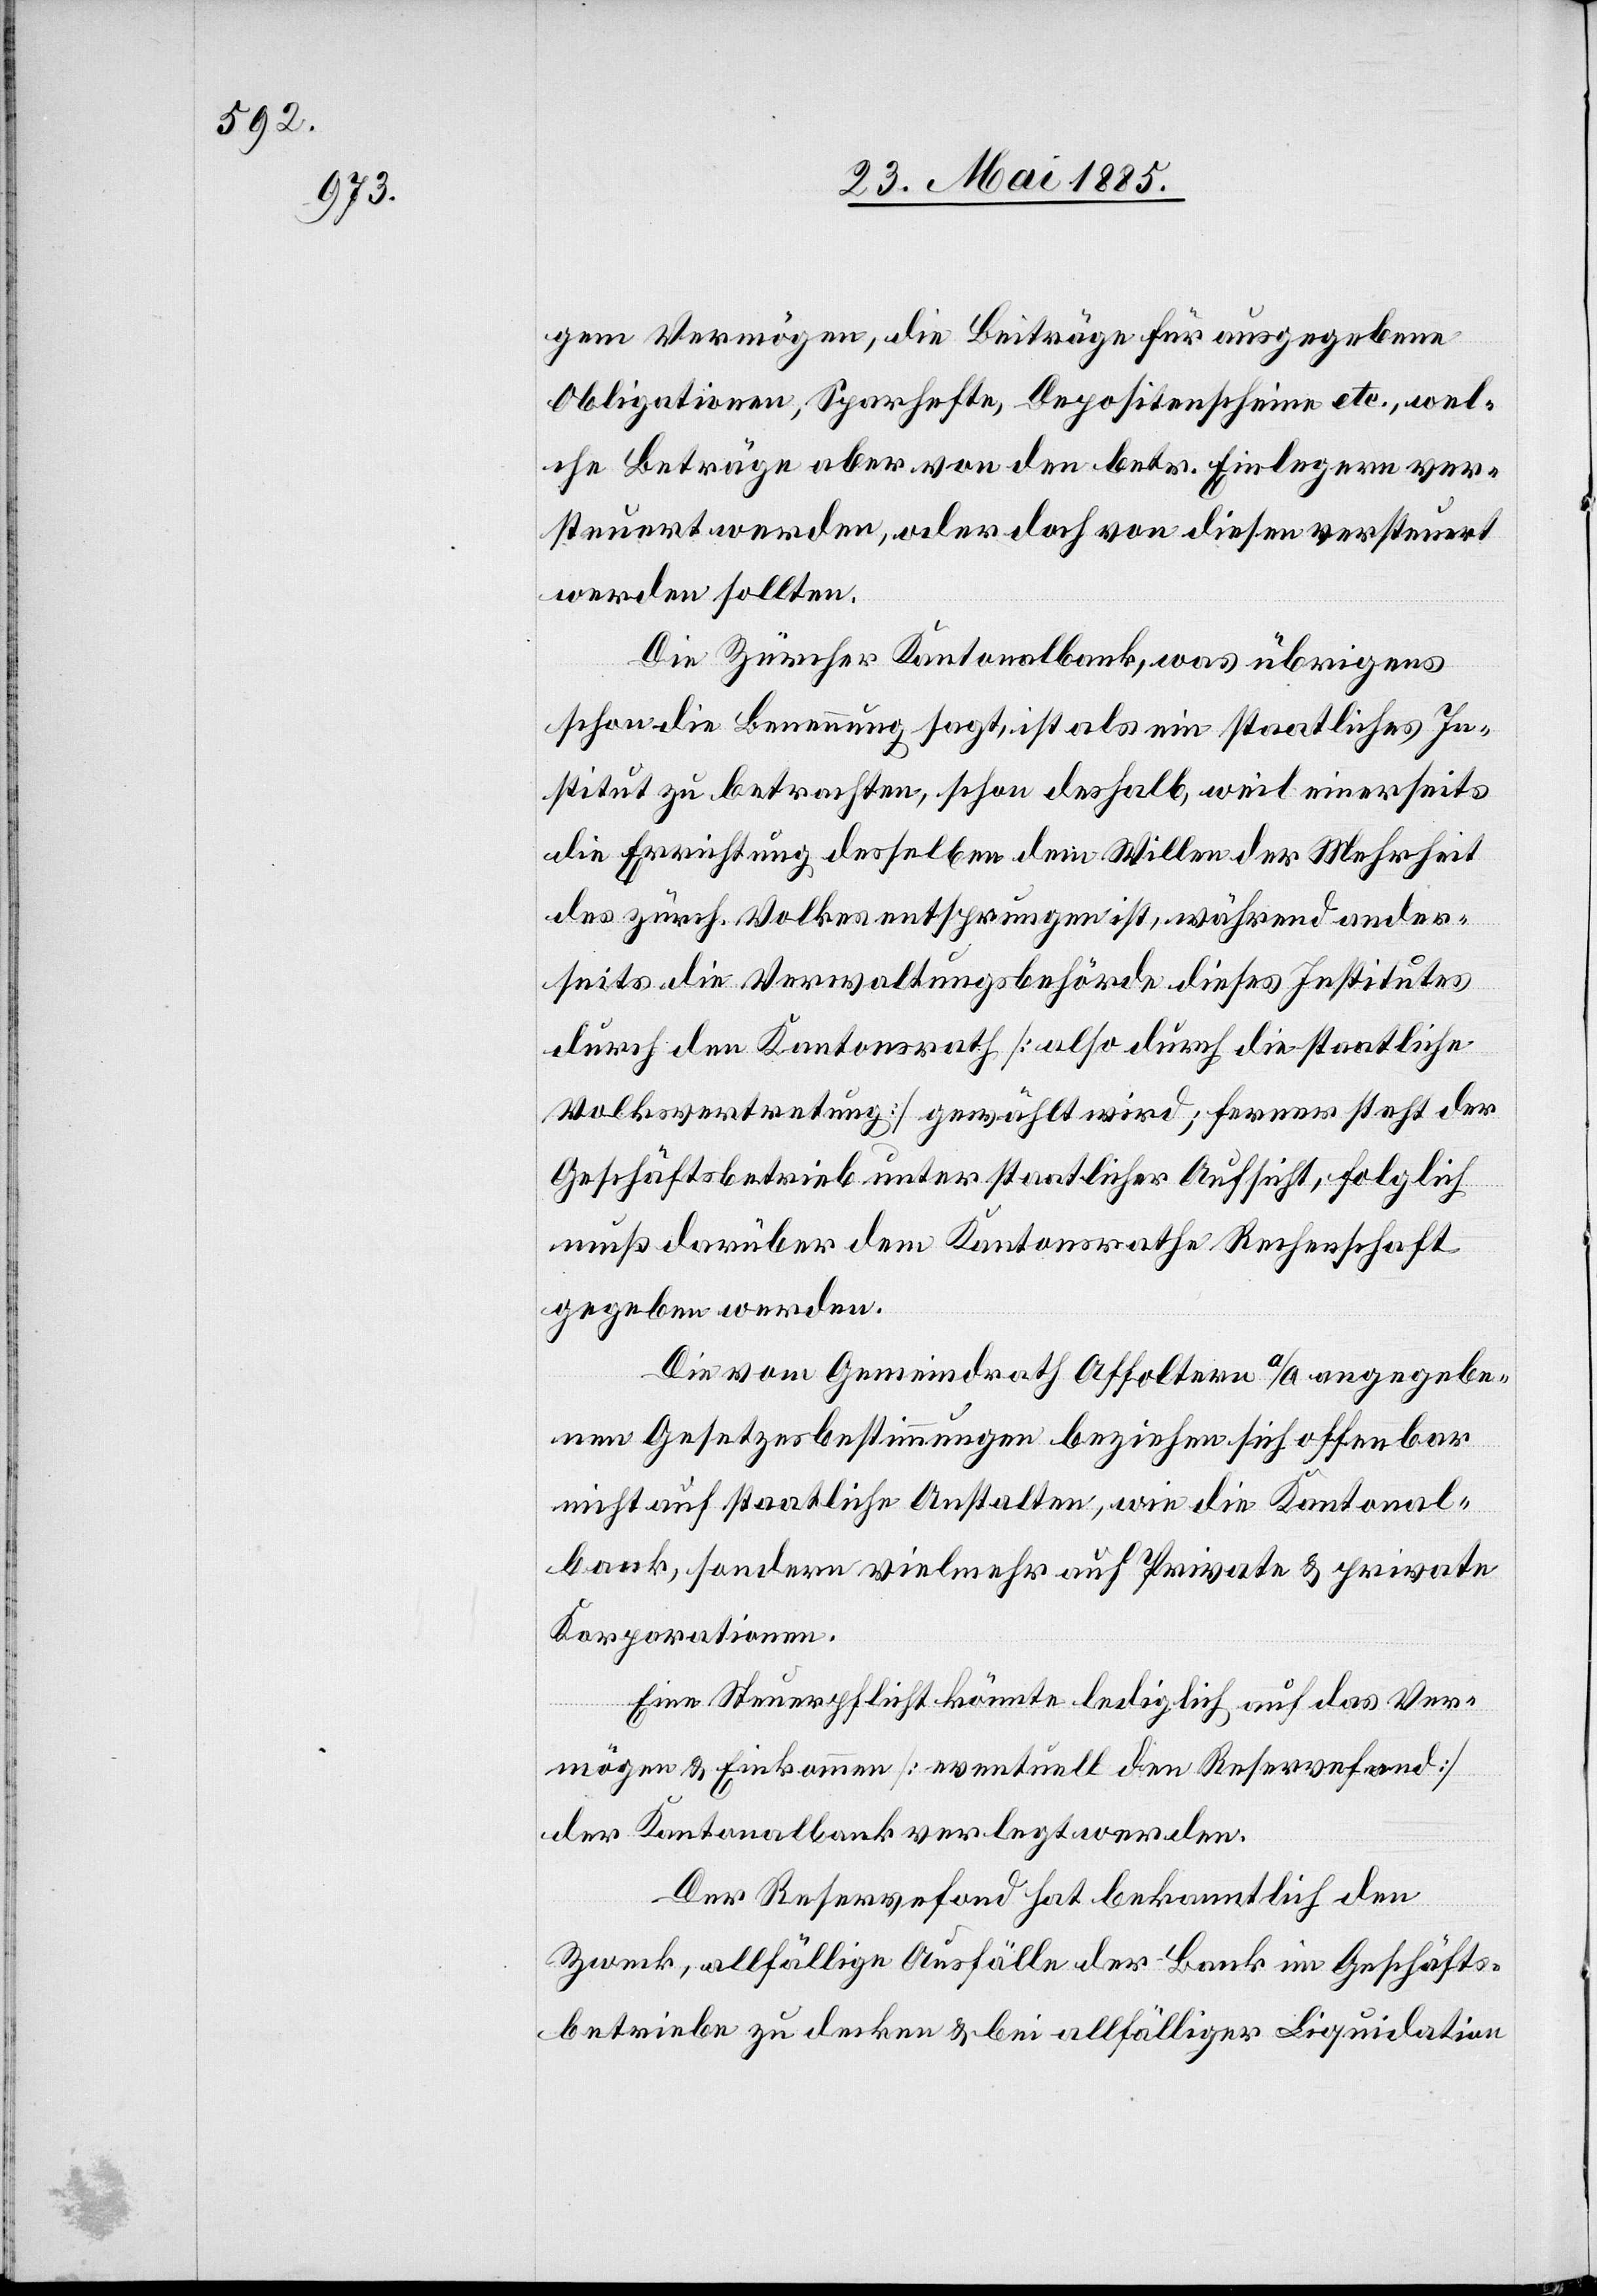
gem Vermögen, die Beiträge für ausgegebene
Obligationen, Sparhefte, Depositenscheine etc., wel¬
che Beträge aber von den betr. Einlegern ver¬
steuert werden, oder doch von diesen versteuert
werden sollten.
Die Zürcher Kantonalbank, was übrigens
schon die Benennung sagt, ist als ein staatliches In¬
stitut zu betrachten, schon deshalb, weil einerseits
die Errichtung desselben dem Willen der Mehrheit
des zürch. Volkes entsprungen ist, während ander¬
seits die Verwaltungsbehörde dieses Institutes
durch den Kantonsrath [also durch die staatliche
Volksvertretung] gewählt wird; ferner steht der
Geschäftsbetrieb unter staatlicher Aufsicht, folglich
muß darüber dem Kantonsrathe Rechenschaft
gegeben werden.
Die vom Gemeindrath Affoltern a/A angegebe¬
nen Gesetzesbestimmungen beziehen sich offenbar
nicht auf staatliche Anstalten, wie die Kantonal¬
bank, sondern vielmehr auf Private & private
Korporationen.
Eine Steuerpflicht könnte lediglich auf das Ver¬
mögen & Einkommen [eventuell den Reservefond]
der Kantonalbank verlegt werden.
Der Reservefond hat bekanntlich den
Zweck, allfällige Ausfälle der Bank im Geschäfts¬
betriebe zu decken & bei allfälliger Liquidation